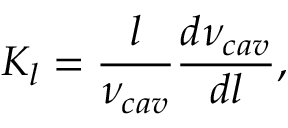
K _ { l } = \frac { l } { \nu _ { c a v } } \frac { d \nu _ { c a v } } { d l } ,